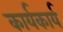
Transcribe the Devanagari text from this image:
कार्यकार्य